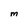
Character: M